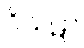
ဝိသဋာ